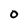
Character: O